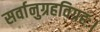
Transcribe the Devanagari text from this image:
सर्वानुग्रहविग्रहः।